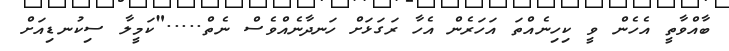
ބާއްވާތީ އެހެން ވީ ކިހިނެއްތަ އަހަރެން އެހާ ރަގަޅަށް ހަނދާނެއްވެސް ނެތް....."ކަމީލާ ސިކުނޑިއަށް